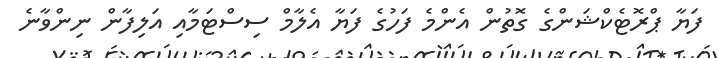
ފަޔާ ޕްރޮޓެކްޝަންގެ ގޮތުން އެންމެ ފަހުގެ ފަޔާ އެލާމް ސިސްޓަމާއި އަލިފާން ނިންވާނެ